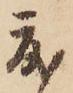
度